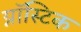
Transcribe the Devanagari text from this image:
ग्नॉस्टिक